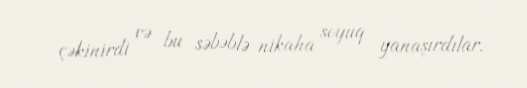
çəkinirdi və bu səbəblə nikaha soyuq yanaşırdılar.